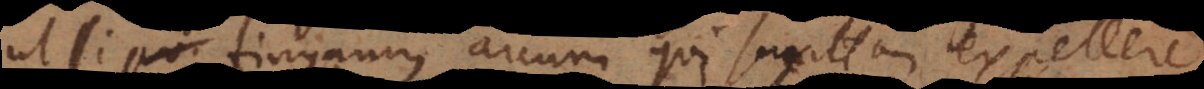
ut si fingamus arcum qui sagittam expellere